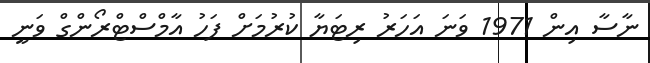
ނާސާ އިން 1971 ވަނަ އަހަރު ރިޓަޔާ ކުރުމަށް ފަހު އާމްސްޓްރޯންގް ވަނީ